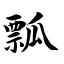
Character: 瓢